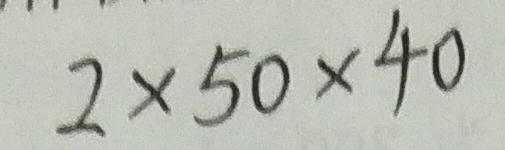
2 \times 5 0 \times 4 0